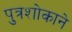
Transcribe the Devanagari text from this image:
पुत्रशोकाने